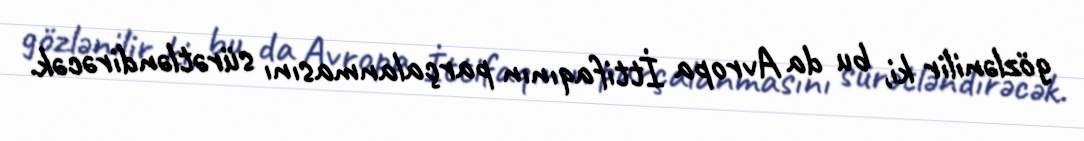
gözlənilir ki, bu da Avropa İttifaqının parçalanmasını sürətləndirəcək.